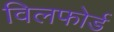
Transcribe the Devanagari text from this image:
विलफोर्ड